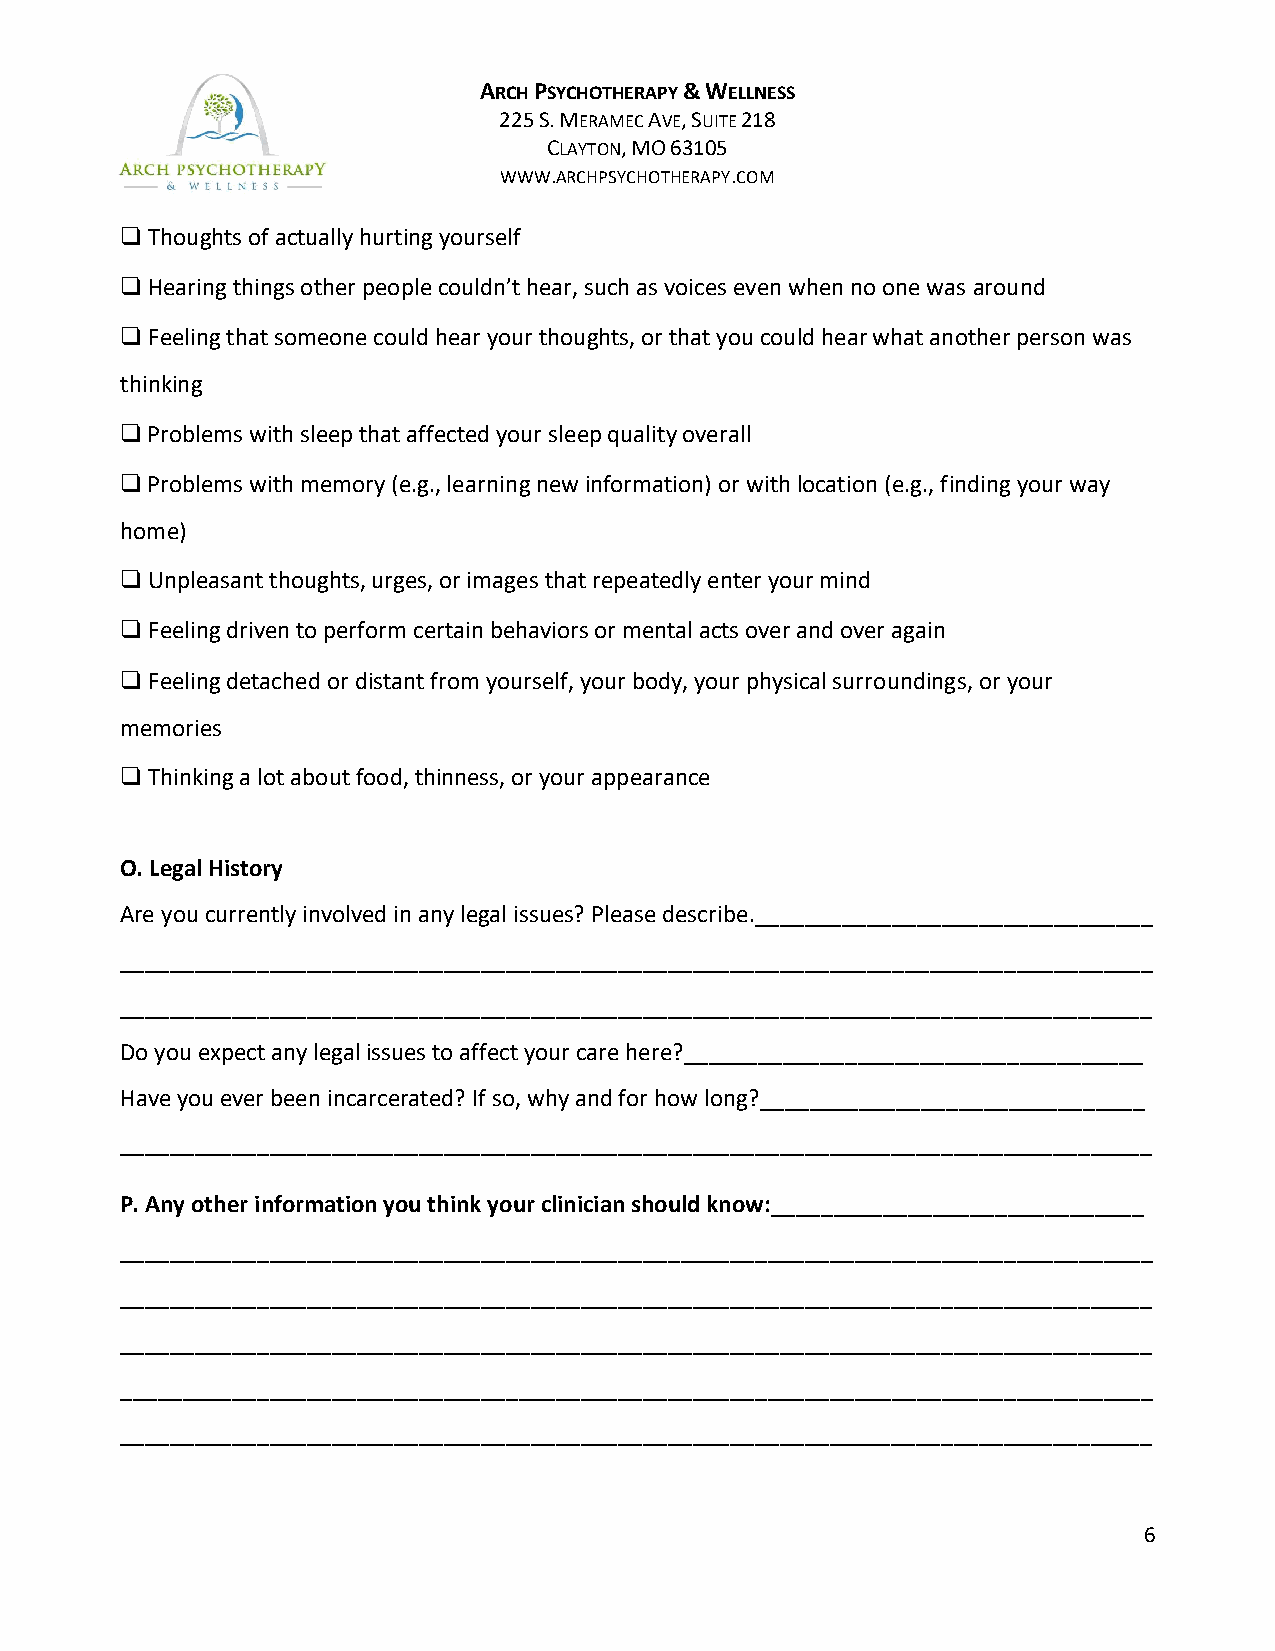
ARCH PSYCHOTHERAPY & WELLNESS
 225 S. MERAMEC AVE, SUITE 218
 CLAYTON, MO 63105
 WWW.ARCHPSYCHOTHERAPY.COM
 Thoughts of actually hurting yourself
 ❑
 Hearing things other people couldn’t hear, such as voices even when no one was around
 ❑
 Feeling that someone could hear your thoughts, or that you could hear what another person was
 ❑
 thinking
 Problems with sleep that affected your sleep quality overall
 ❑
 Problems with memory (e.g., learning new information) or with location (e.g., finding your way
 ❑
 home)
 Unpleasant thoughts, urges, or images that repeatedly enter your mind
 ❑
 Feeling driven to perform certain behaviors or mental acts over and over again
 ❑
 Feeling detached or distant from yourself, your body, your physical surroundings, or your
 ❑
 memories
 Thinking a lot about food, thinness, or your appearance
 ❑
 O. Legal History
 Are you currently involved in any legal issues? Please describe.________________________________
 ___________________________________________________________________________________
 ___________________________________________________________________________________
 Do you expect any legal issues to affect your care here?_____________________________________
 Have you ever been incarcerated? If so, why and for how long?_______________________________
 ___________________________________________________________________________________
 P. Any other information you think your clinician should know:______________________________
 ___________________________________________________________________________________
 ___________________________________________________________________________________
 ___________________________________________________________________________________
 ___________________________________________________________________________________
 ___________________________________________________________________________________
 6